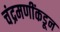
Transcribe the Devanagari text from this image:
चंद्रमणींकडून